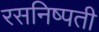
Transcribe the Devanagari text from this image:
रसनिष्पती